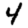
Digit: 4